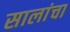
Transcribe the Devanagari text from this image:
सालांचा